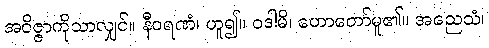
အဝိဇ္ဇာကိုသာလျှင်။ နီဝရဏံ၊ ဟူ၍။ ဝဒါမိ၊ ဟောတော်မူ၏။ အညေသံ၊